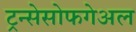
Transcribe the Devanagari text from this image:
ट्रन्सेसोफगेअल